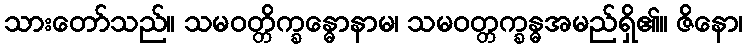
သားတော်သည်။ သမဝတ္တိက္ခန္ဓောနာမ၊ သမဝတ္တက္ခန္ဓအမည်ရှိ၏။ ဇိနော၊